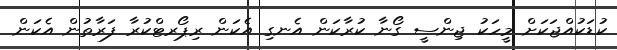
ކުޑަކުއްޖަކަށް މީހަކު ޖިންސީ ގޯނާ ކުރާކަން އެނގި އެކަން ރިޕޯރޓްކުރާ ފަރާތުން އެކަން